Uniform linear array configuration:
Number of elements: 16
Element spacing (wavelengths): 0.5
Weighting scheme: cosine
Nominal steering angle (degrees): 60
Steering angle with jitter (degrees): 61.788
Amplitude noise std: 0.05
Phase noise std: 0.05

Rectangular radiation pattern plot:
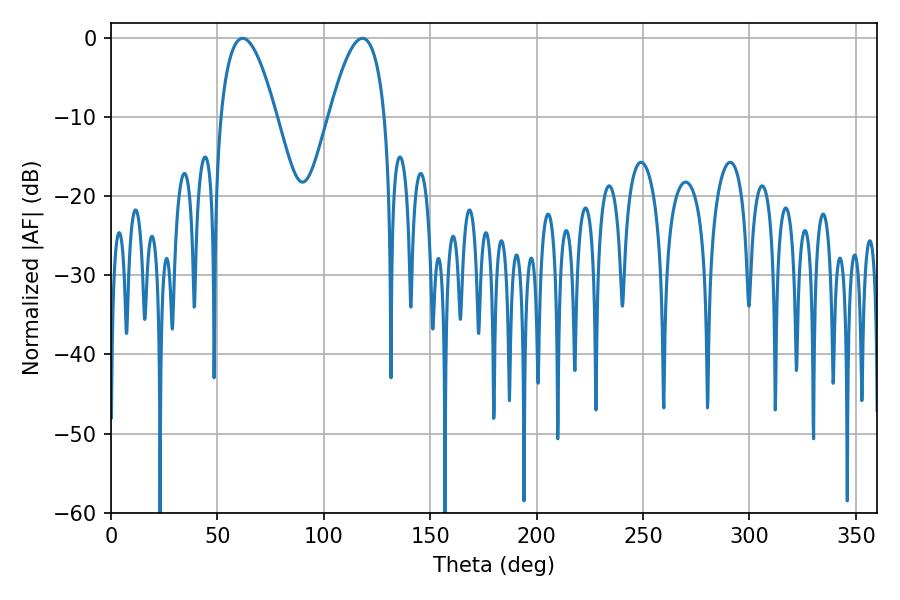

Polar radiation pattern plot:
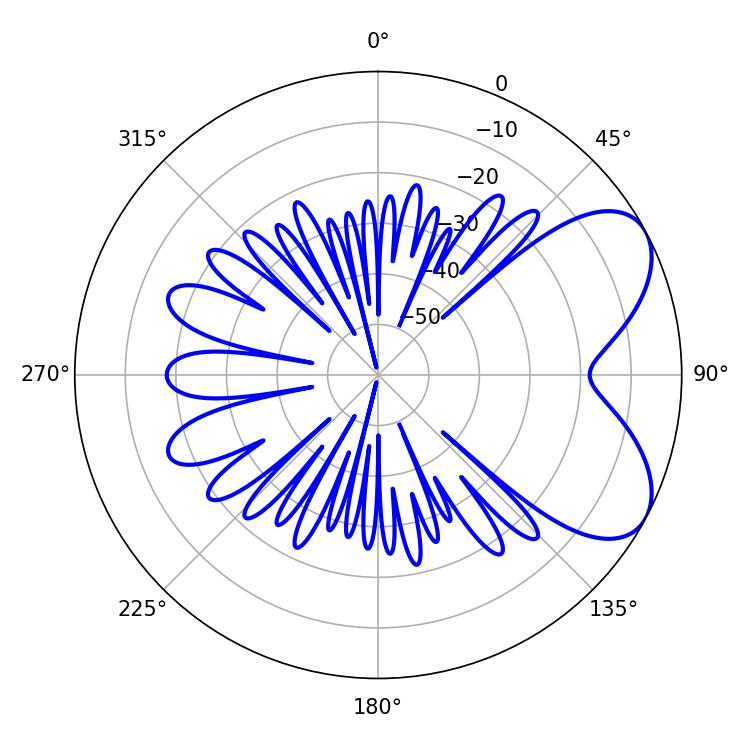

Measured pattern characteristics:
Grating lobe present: FALSE
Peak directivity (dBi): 6.241
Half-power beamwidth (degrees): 14.4
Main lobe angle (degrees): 61.92